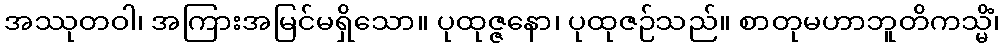
အဿုတဝါ၊ အကြားအမြင်မရှိသော။ ပုထုဇ္ဇနော၊ ပုထုဇဉ်သည်။ စာတုမဟာဘူတိကသ္မိံ၊